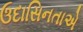
ઉદાસિનતાએ